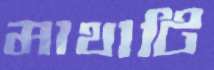
মাথাটি